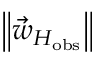
\left\Vert \vec { w } _ { H _ { \mathrm { o b s } } } \right\Vert